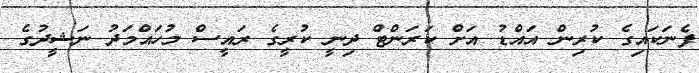
ފެނަކައިގެ ކުރިން އައްޑު އަށް ކަރަންޓް ދިނީ ކުރީގެ ރައީސް މުހައްމަދު ނަޝީދުގެ